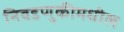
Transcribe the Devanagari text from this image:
निवडणुकीमधील